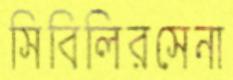
সিবিলিরসেনা